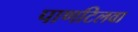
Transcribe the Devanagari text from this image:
पाणटिलवा